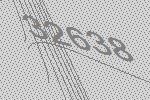
32638